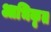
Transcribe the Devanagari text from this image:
आभिकृत